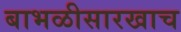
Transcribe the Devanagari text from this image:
बाभळीसारखाच